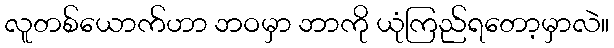
လူတစ်ယောက်ဟာ ဘဝမှာ ဘာကို ယုံကြည်ရတော့မှာလဲ။